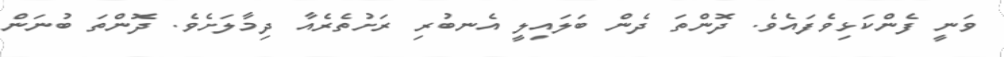
ވަނީ ފެންކަޅިވެފައެވެ. ދޮންތަ ދެން ބަލައިލީ އެނބުރި ރަށުތެރެއާ ދިމާލަށެވެ. ދޮންތަ ބުނަން